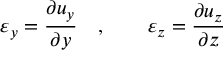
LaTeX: \varepsilon _ { y } = { \frac { \partial u _ { y } } { \partial y } } \quad , \qquad \varepsilon _ { z } = { \frac { \partial u _ { z } } { \partial z } } \,